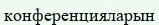
конференцияларын